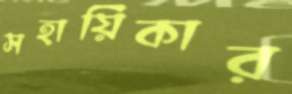
সহায়িকার